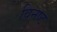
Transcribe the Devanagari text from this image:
विनष्‍ट